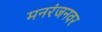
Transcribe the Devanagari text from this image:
मनरंजनवर